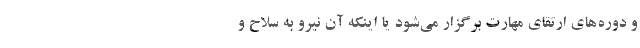
و دوره‌های ارتقای مهارت برگزار می‌شود یا اینکه آن نیرو به سلاح و